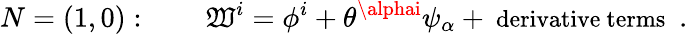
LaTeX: N=(1,0):\qquad\mathfrak{W}^{i}=\phi^{i}+\theta^{\alphai}\psi_{\alpha}+\mathrm{{\small~derivative~terms~}}\; .